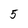
Character: 5